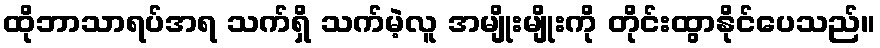
ထိုဘာသာရပ်အရ သက်ရှိ သက်မဲ့လူ အမျိုးမျိုးကို တိုင်းထွာနိုင်ပေသည်။